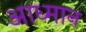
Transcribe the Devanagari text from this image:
आध्मान